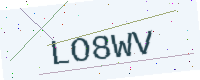
Text: LO8WV